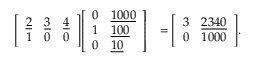
{ \begin{array} { r l } { { \left[ \begin{array} { l l l } { { \underline { { 2 } } } } & { { \underline { { 3 } } } } & { { \underline { { 4 } } } } \\ { 1 } & { 0 } & { 0 } \end{array} \right] } { \left[ \begin{array} { l l } { 0 } & { { \underline { { 1 0 0 0 } } } } \\ { 1 } & { { \underline { { 1 0 0 } } } } \\ { 0 } & { { \underline { { 1 0 } } } } \end{array} \right] } } & { = { \left[ \begin{array} { l l } { 3 } & { { \underline { { 2 3 4 0 } } } } \\ { 0 } & { 1 0 0 0 } \end{array} \right] } . } \end{array} }